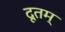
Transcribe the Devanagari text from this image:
दूतम्‌